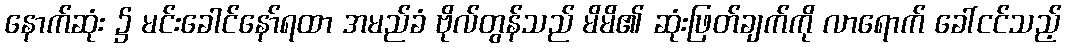
နောက်ဆုံး ၌ မင်းခေါင်နော်ရထာ အမည်ခံ ဗိုလ်တွန်သည် မိမိ၏ ဆုံးဖြတ်ချက်ကို လာရောက် ခေါ်ငင်သည့်